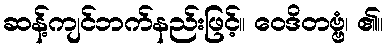
ဆန့်ကျင်ဘက်နည်းဖြင့်။ ဝေဒိတဗ္ဗံ၊ ၏။